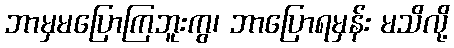
ဘာမှမပြောကြဘူးကွ၊ ဘာပြောရမှန်း မသိလို့